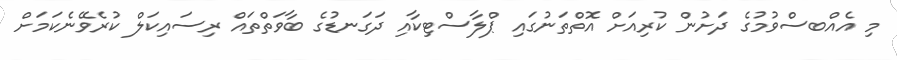
މި އެއްބސްވުމުގެ ދަށުން ކުރިއަށް އޮތްތަނުގައި ޕްލާސްޓިކާއި ދަގަނޑުގެ ބާވަތްތައް ރިސައިކަލް ކުރެވޭނެކަމަށް